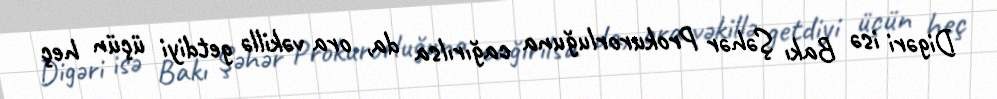
Digəri isə Bakı Şəhər Prokurorluğuna cağırılsa da, ora vəkillə getdiyi üçün heç